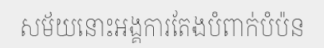
សម័យនោះអង្គការតែងបំពាក់បំប៉ន